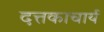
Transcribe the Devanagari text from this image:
दत्तकाचार्य